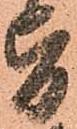
旨